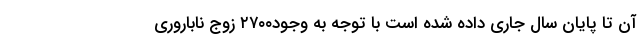
آن تا پایان سال جاری داده شده است با توجه به وجود۲۷۰۰ زوج ناباروری